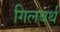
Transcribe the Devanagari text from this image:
गिलबर्थ